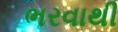
ભરવાથી